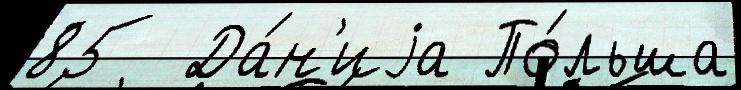
85  Да́н'иjа По́льша